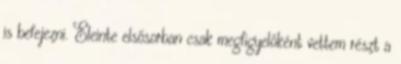
is befejezni. Eleinte elsősorban csak megfigyelőként vettem részt a